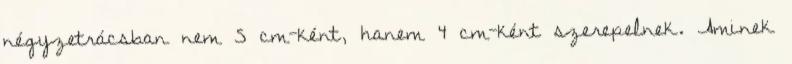
négyzetrácsban nem 5 cm-ként, hanem 4 cm-ként szerepelnek. Aminek